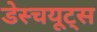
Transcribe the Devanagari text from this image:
डेस्चयूट्स